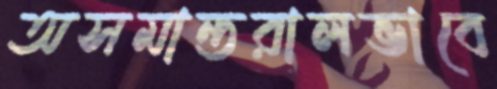
অসমান্তরালভাবে